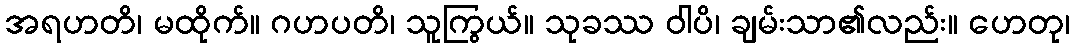
အရဟတိ၊ မထိုက်။ ဂဟပတိ၊ သူကြွယ်။ သုခဿ ဝါပိ၊ ချမ်းသာ၏လည်း။ ဟေတု၊